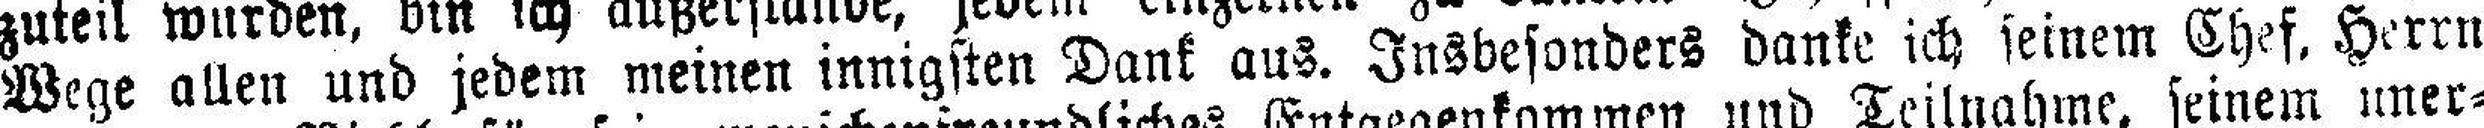
Wege allen und jedem meinen innigsten Dank aus. Insbesonders danke ich seinem Chef. Herrn